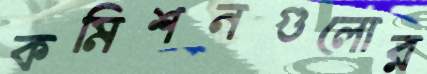
কমিশনগুলোর